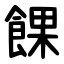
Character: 餜